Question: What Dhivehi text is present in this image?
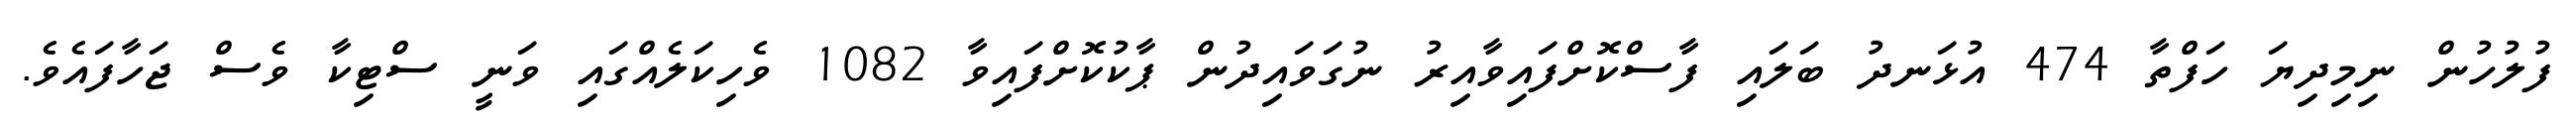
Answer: ފުލުހުން ނިމިދިޔަ ހަފްތާ 474 އުޅަނދު ބަލައި ފާސްކޮށްފައިވާއިރު ނުގަވައިދުން ޕާކުކޮށްފައިވާ 1082 ވެހިކަލެއްގައި ވަނީ ސްޓިކާ ވެސް ޖަހާފައެވެ.